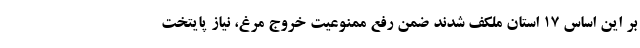
بر این اساس 17 استان ملکف شدند ضمن رفع ممنوعیت خروج مرغ، نیاز پایتخت